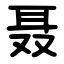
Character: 聂